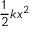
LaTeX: { \frac { 1 } { 2 } } k x ^ { 2 }